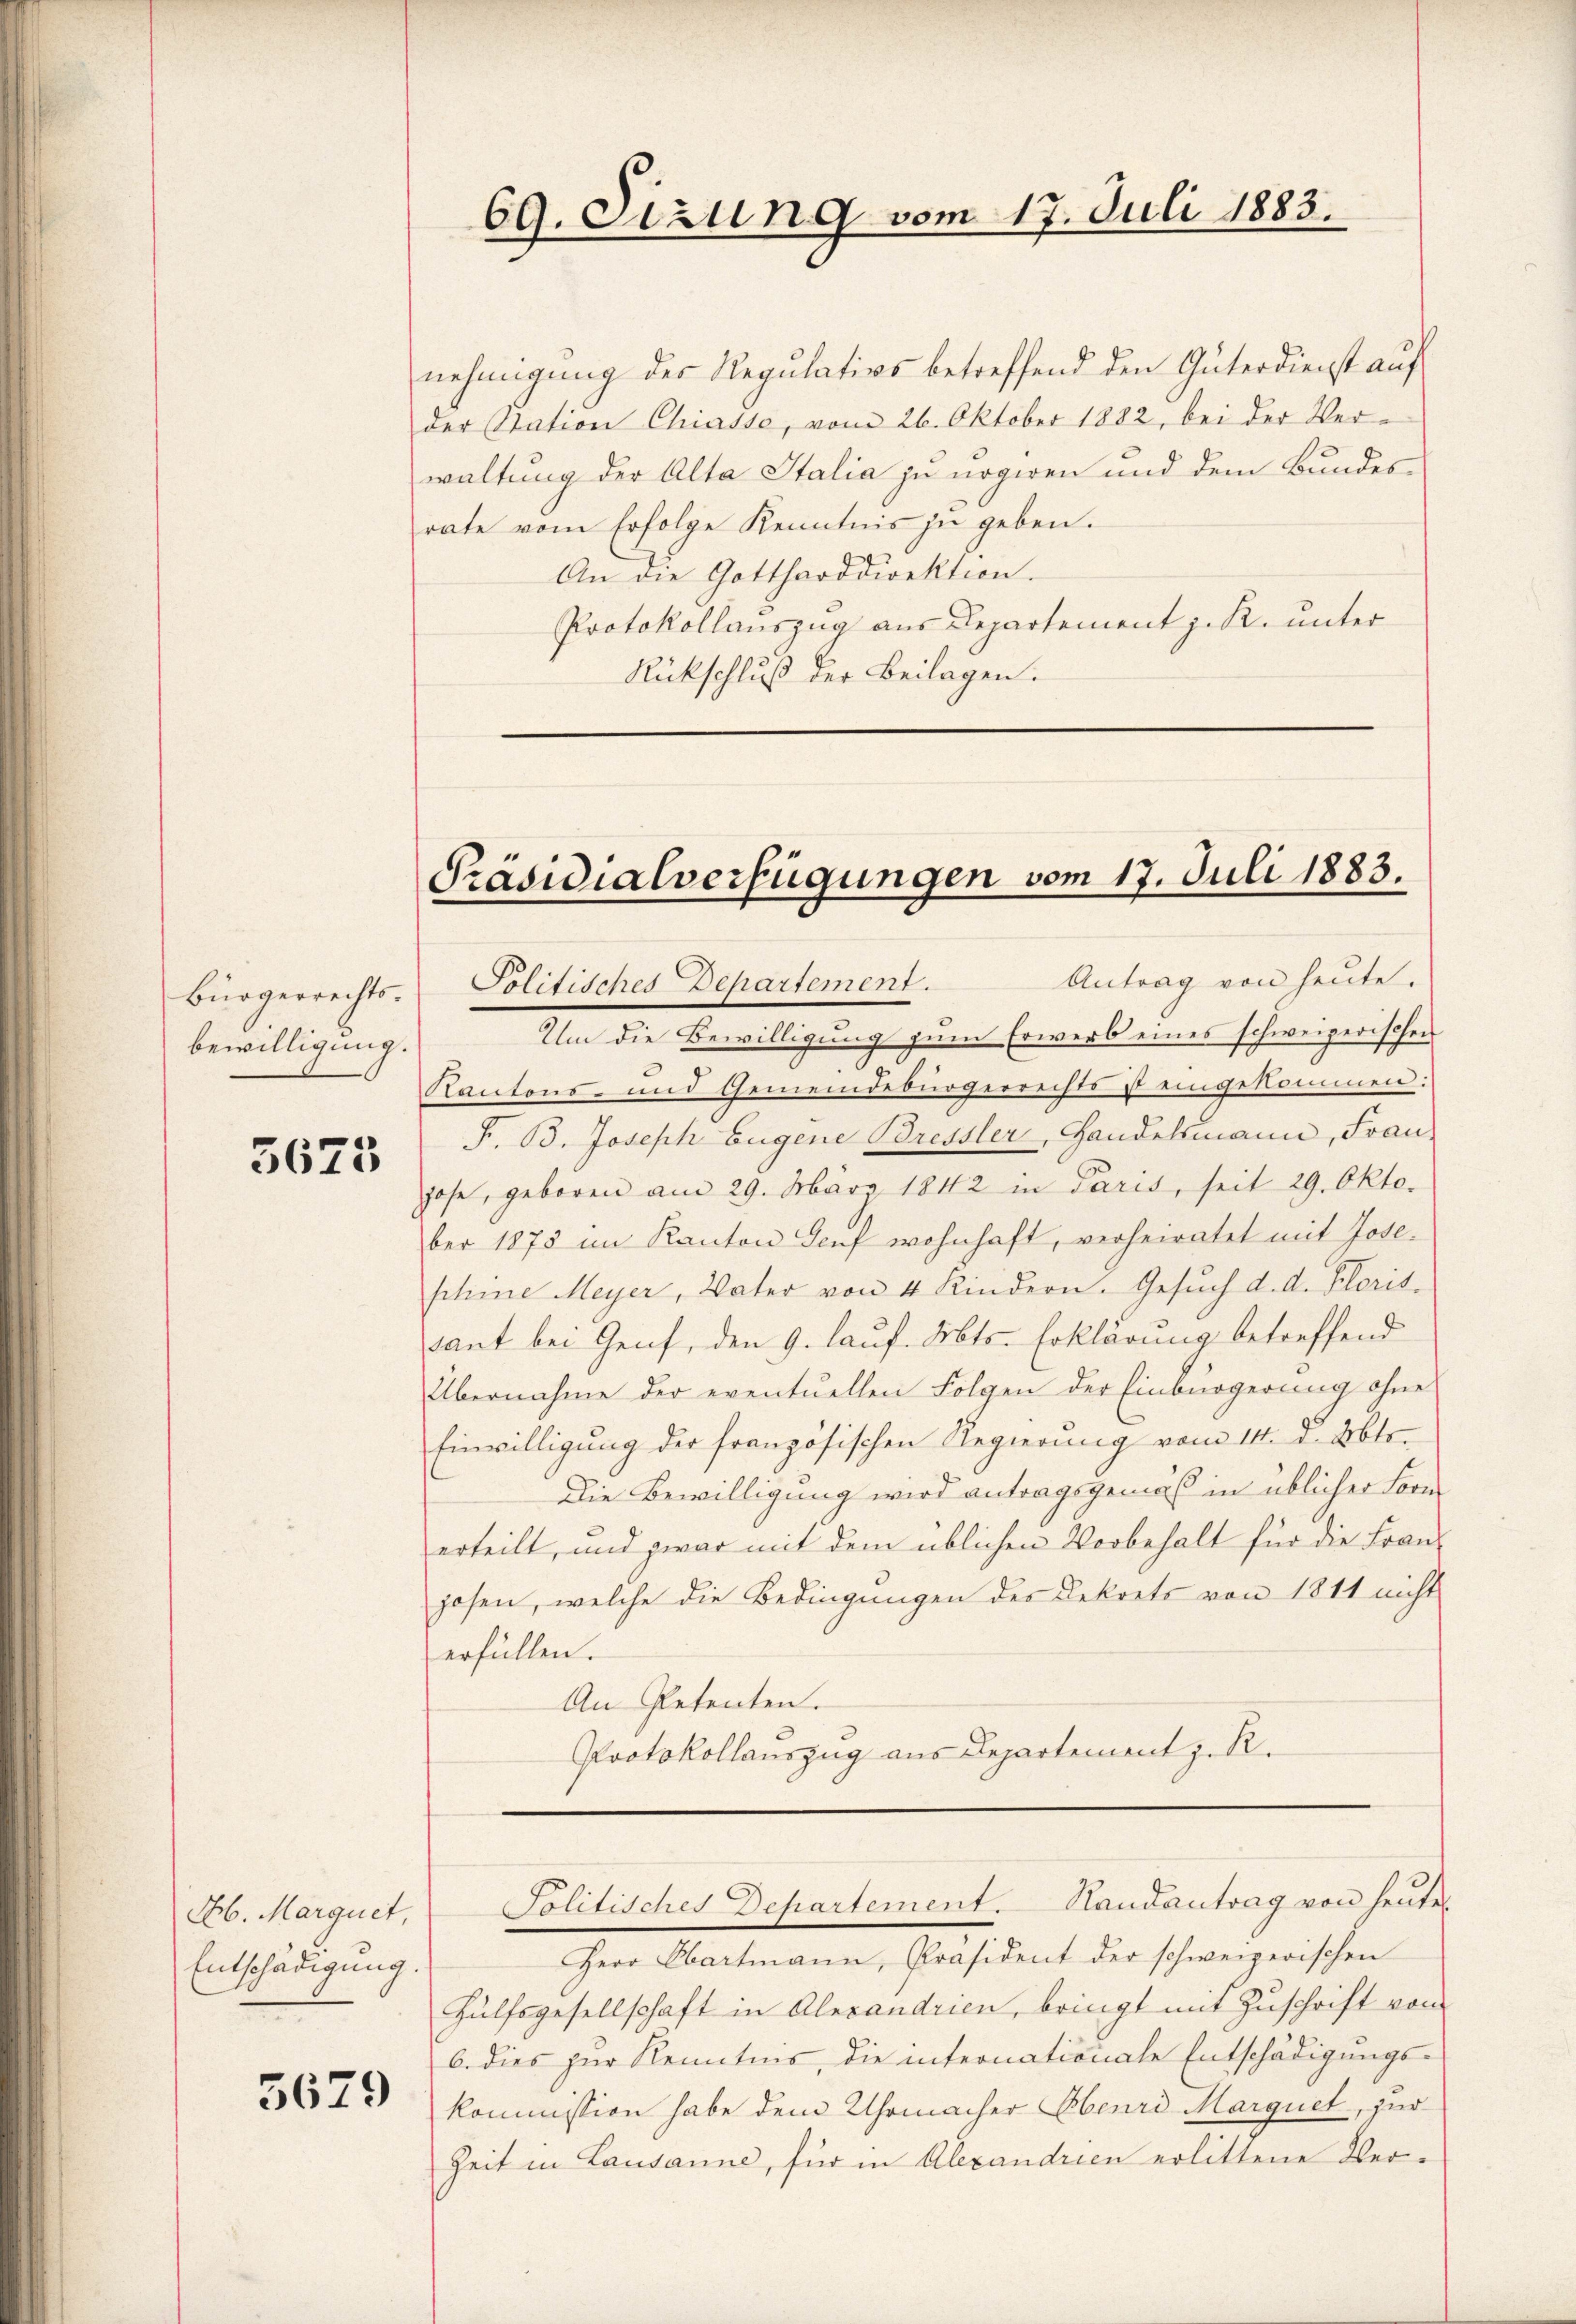
Bürgerrechtsbewilligung.

3673

nehmigung der Regulativs betreffend den Güterdienst auf
der Station Chiasso, vom 26. Oktober 1882, bei der Verwaltung der Alta Italia zu negiren und dem Bundes-
rate vom Erfolge Kenntnis zu geben.
An die Gottharddirektion.
Protokollauszug aus Departement z. R. unter
Rückschluß der Beilagen.

Ab. Marquet,
Entschädigung.

5679

69. Sizung vom 17. Juli 1883.

Präsidialverfügungen vom 17. Juli 1883.
Antrag von heute.
Solitisches Departement.

Um die Bewilligung zum Erwerb eines schweizerischen
Kantons- und Gemeindebürgerrechts ist eingekommen:
F. B. Joseph Eugene Bressler, Handelsmann, Frau,
hose, geboren am 29. März 1842 in Paris, seit 29. Oktober 1875 im Kanton Genf wohnhaft, verheiratet mit Josephime Meyer, Vater von 4 Kindern. Gesŭch d. d. Floris.
sant bei Genf, den 9. lauf. Mts. Erklärung betreffend
Übernahme der eventuellen Folgen der Einbürgerung ohne
Einwilligung der französischen Regierung vom 14. d. Mts.
Die Bewilligung wird antragsgemäß in üblicher Form
erteilt, und zwar mit dem üblichen Vorbehalt für die Frau
hosen, welche die Bedingungen des Dekrets von 1811 nicht
erfüllen.
An Petenten.
Protokollauszug aus Departement z. R.

Herr Obartmann, Präsident der schweizerischen
Hülfsgesellschaft in Alexandrien, bringt mit Zuschrift von
b. dies zur Kenntnis, die internationale Entschädigungskommission habe dem Uhrmacher Ebenrd Marquet, zur
Zeit in Lausanne, für in Alexandrien erlittene Ver¬

Politisches Departement. Handantrag von heutes